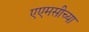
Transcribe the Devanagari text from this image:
एएमसीच्या